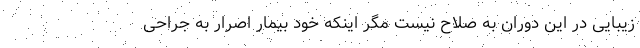
زیبایی در این دوران به صلاح نیست مگر اینکه خود بیمار اصرار به جراحی